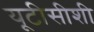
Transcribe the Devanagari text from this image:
यूटीसीशी